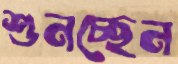
শুনচ্ছেন